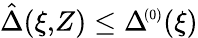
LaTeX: \hat{\Delta}(\xi,\! Z)\le\Delta\! ^{{\scriptscriptstyle(0)}}(\xi)